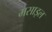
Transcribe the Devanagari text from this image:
मसाइल